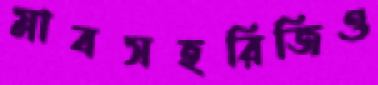
স্লাবসহরিজিও